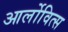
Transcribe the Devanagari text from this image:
आर्लोवित्स